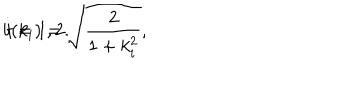
b ( k _ { i } ) = \sqrt { \frac { 2 } { 1 + k _ { i } ^ { 2 } } } , \hspace { 1 c m } i = 1 , 2 .